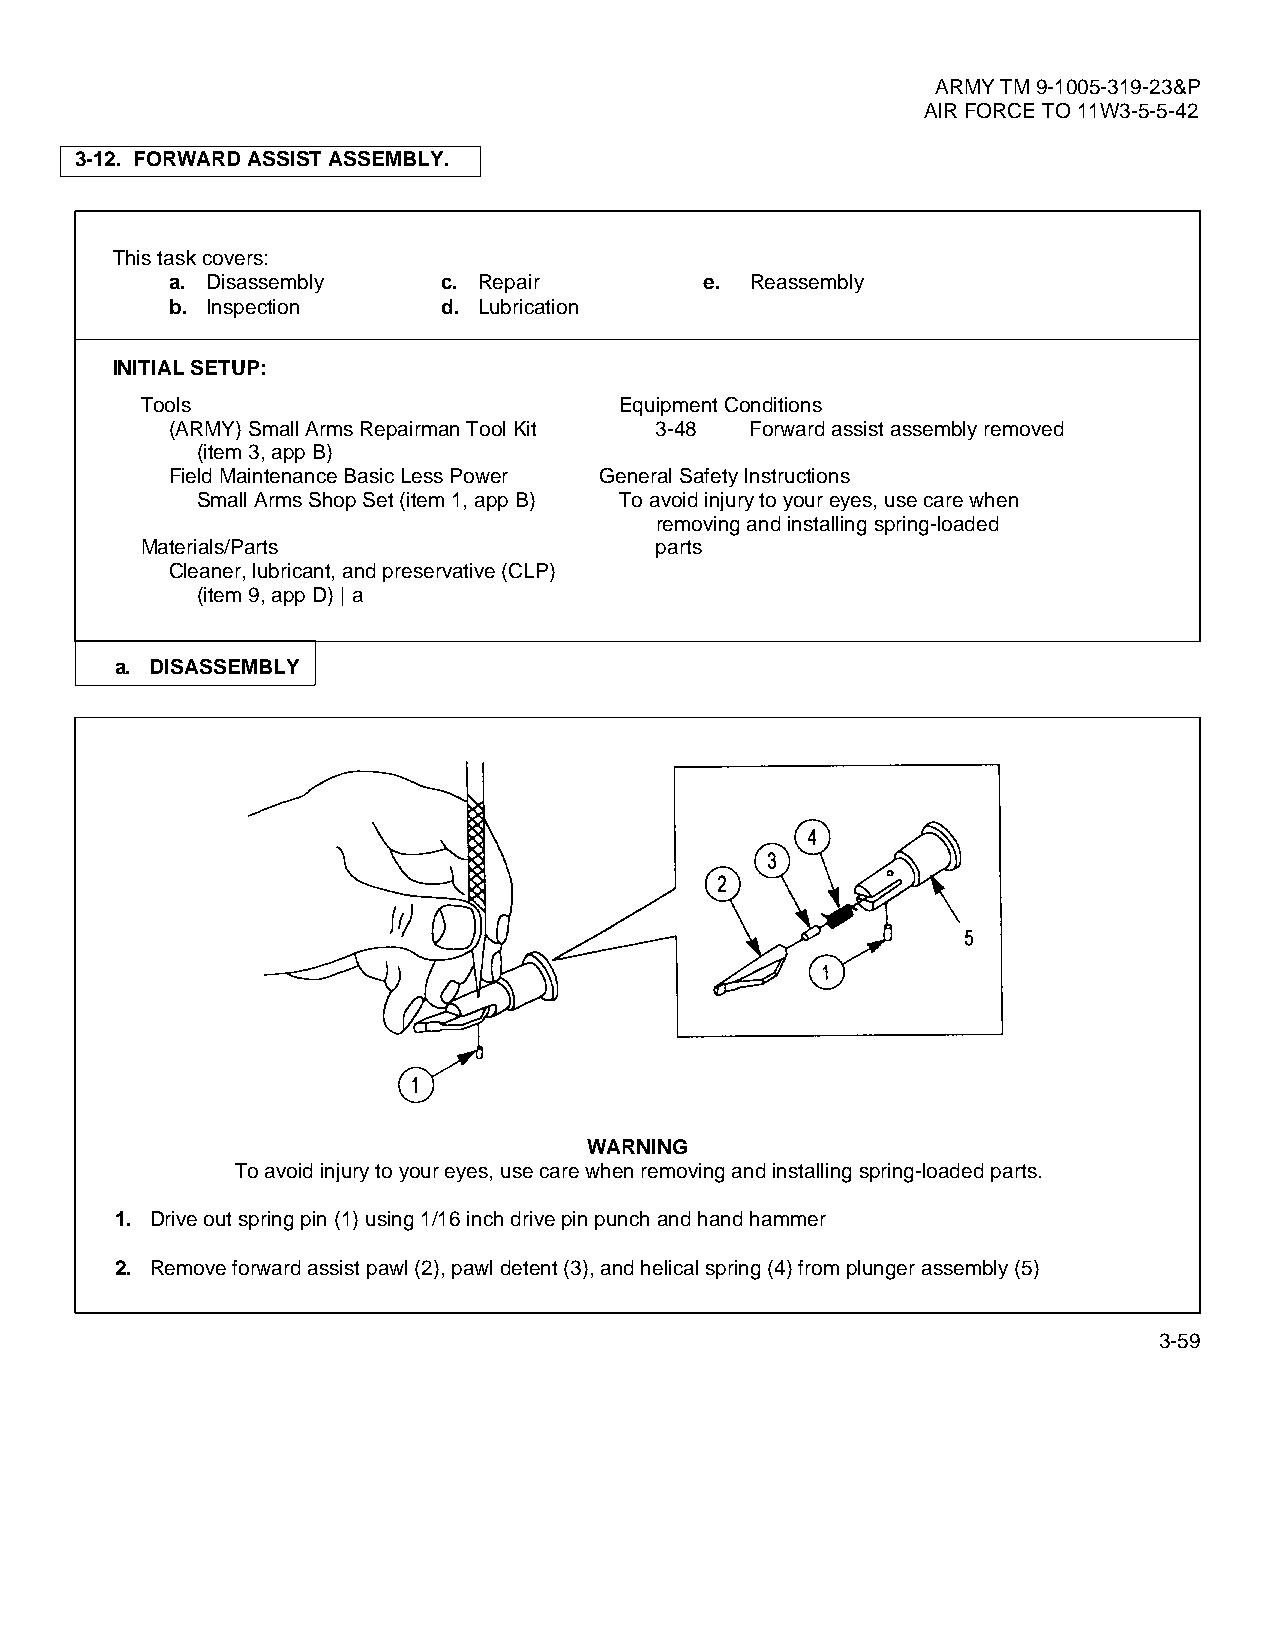
ARMY TM 9-1005-319-23&P
 AIR FORCE TO 11W3-5-5-42
 3-12. FORWARD ASSIST ASSEMBLY.
 This task covers:
 a. Disassembly    c. Repair         e. Reassembly
 b. Inspection     d. Lubrication
 INITIAL SETUP:
 Tools                           Equipment Conditions
 (ARMY) Small Arms Repairman Tool Kit 3-48 Forward assist assembly removed
 (item 3, app B)
 Field Maintenance Basic Less Power General Safety Instructions
 Small Arms Shop Set (item 1, app B) To avoid injury to your eyes, use care when
 removing and installing spring-loaded
 Materials/Parts                   parts
 Cleaner, lubricant, and preservative (CLP)
 (item 9, app D) | a
 a. DISASSEMBLY
 WARNING
 To avoid injury to your eyes, use care when removing and installing spring-loaded parts.
 1. Drive out spring pin (1) using 1/16 inch drive pin punch and hand hammer
 2. Remove forward assist pawl (2), pawl detent (3), and helical spring (4) from plunger assembly (5)
 3-59